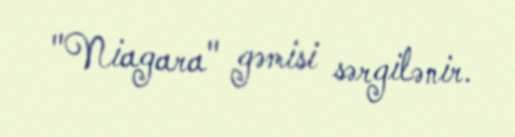
"Niagara" gəmisi sərgilənir.